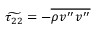
\widetilde { \tau _ { 2 2 } } = - \overline { { \rho v ^ { \prime \prime } v ^ { \prime \prime } } }